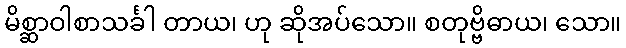
မိစ္ဆာဝါစာသင်္ခါ တာယ၊ ဟု ဆိုအပ်သော။ စတုဗ္ဗိဓာယ၊ သော။